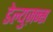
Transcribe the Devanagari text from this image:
डेल्युज़न्स